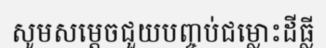
សូមសម្តេចជួយបញ្ចប់ជម្លោះដីធ្លី